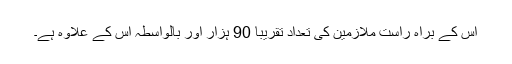
اس کے براہ راست ملازمین کی تعداد تقریبا 90 ہزار اور بالواسطہ اس کے علاوہ ہے۔